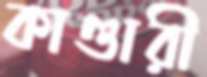
কাণ্ডারী